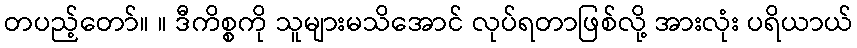
တပည့်တော်။ ။ ဒီကိစ္စကို သူများမသိအောင် လုပ်ရတာဖြစ်လို့ အားလုံး ပရိယာယ်